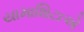
યામાશિટાએ